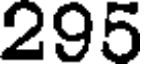
295